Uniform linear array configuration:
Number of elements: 32
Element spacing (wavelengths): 0.75
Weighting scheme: exponential
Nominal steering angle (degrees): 45
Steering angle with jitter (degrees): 44.574
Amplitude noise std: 0.05
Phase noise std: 0.05

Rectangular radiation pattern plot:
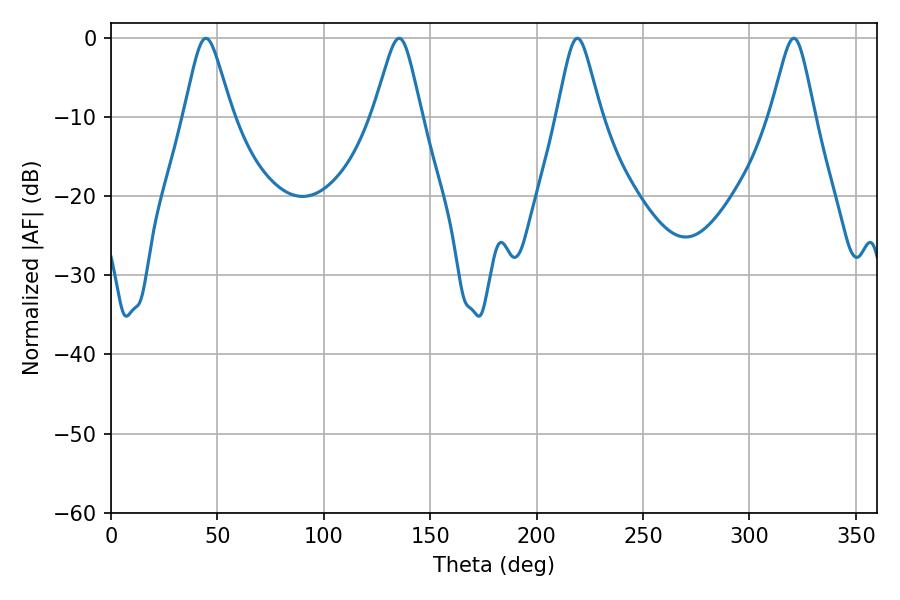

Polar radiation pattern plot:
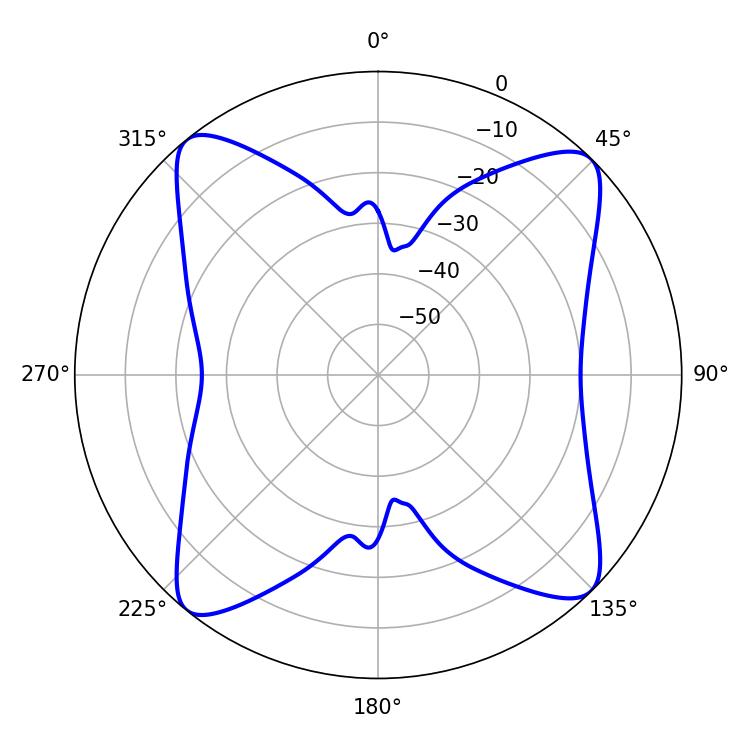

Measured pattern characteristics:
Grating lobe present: TRUE
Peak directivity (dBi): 15.078
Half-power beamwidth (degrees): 10.8
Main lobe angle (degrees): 44.64